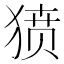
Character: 𰡞